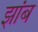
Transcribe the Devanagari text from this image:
झांब